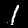
Digit: 1